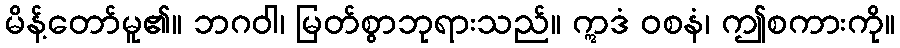
မိန့်တော်မူ၏။ ဘဂဝါ၊ မြတ်စွာဘုရားသည်။ ဣဒံ ဝစနံ၊ ဤစကားကို။